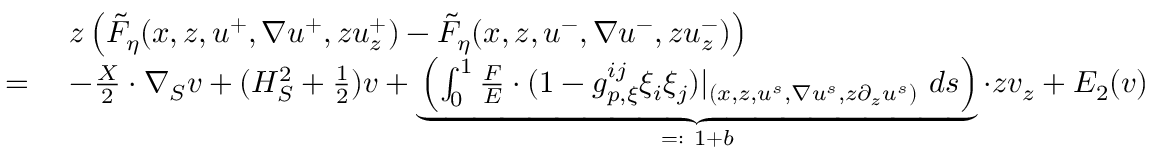
\begin{array} { r l } & { \ z \left( \tilde { F } _ { \eta } ( x , z , u ^ { + } , \nabla u ^ { + } , z u _ { z } ^ { + } ) - \tilde { F } _ { \eta } ( x , z , u ^ { - } , \nabla u ^ { - } , z u _ { z } ^ { - } ) \right) } \\ { = } & { \ - \frac { X } { 2 } \cdot \nabla _ { S } v + ( H _ { S } ^ { 2 } + \frac { 1 } { 2 } ) v + \underbrace { \left( \int _ { 0 } ^ { 1 } \frac { F } { E } \cdot ( 1 - g _ { p , \xi } ^ { i j } \xi _ { i } \xi _ { j } ) | _ { ( x , z , u ^ { s } , \nabla u ^ { s } , z \partial _ { z } u ^ { s } ) } \ d s \right) } _ { = : \ 1 + b } \cdot z v _ { z } + E _ { 2 } ( v ) } \end{array}